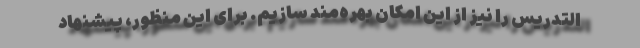
التدریس را نیز از این امکان بهره‌مند سازیم. برای این منظور، پیشنهاد